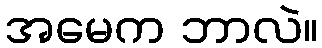
အမေက ဘာလဲ။